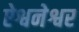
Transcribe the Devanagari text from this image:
ऐश्वनेश्वर